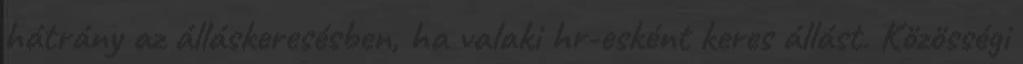
hátrány az álláskeresésben, ha valaki hr-esként keres állást. Közösségi